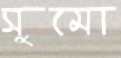
সুমো